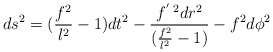
\begin{align*}ds^2 = (\frac{f^2}{l^2} - 1) dt^2 -\frac{f^{'\;2} dr^2}{(\frac{f^2}{l^2} - 1)} - f^2 d\phi^2\end{align*}